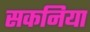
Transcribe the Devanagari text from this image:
सकनिया